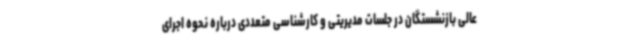
عالی بازنشستگان در جلسات مدیریتی و کارشناسی متعددی درباره نحوه اجرای